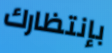
بإنتظارك